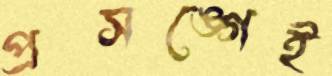
প্রসঙ্গেই